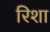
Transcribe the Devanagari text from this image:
रिशा